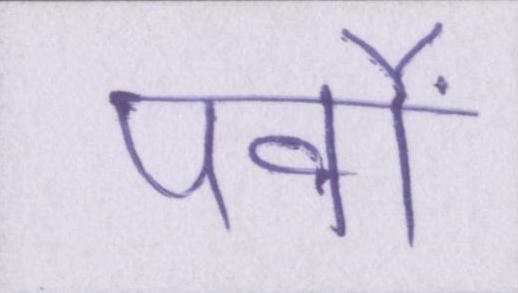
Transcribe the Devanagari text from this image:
पर्वों